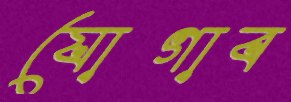
যোগাব